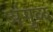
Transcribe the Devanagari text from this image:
अंगुळ